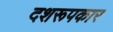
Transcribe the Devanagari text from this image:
दशरूपकार